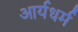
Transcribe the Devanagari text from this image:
आर्यधर्म